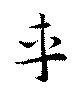
車